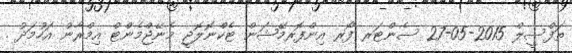
ތަފްސީލް 2015-05-27 ސެންޓަރ ފޯރ އިންފޮރމޭޝަން ޓެކްނޮލޮޖީ މެނޭޖްމެންޓް އިމްރާން އަހުމަދު .